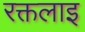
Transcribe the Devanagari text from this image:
रक्तलाइ